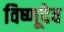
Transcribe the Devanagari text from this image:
विष्णूदेव